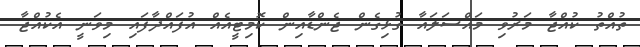
ތުއްތު ކުއްޖާ މަރުވި މައްސަލައާ ގުޅިގެން ޖެންޑާއިން ކޮމިޓީއެއް އުފައްދާފައި މިވަނީ އެކުއްޖާ